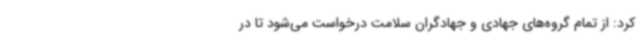
کرد: از تمام گروه‌های جهادی و جهادگران سلامت درخواست می‌شود تا در